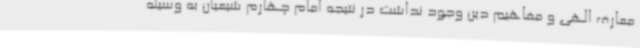
معارف الهی و مفاهیم دین وجود نداشت در نتیجه امام چهارم شیعیان به وسیله